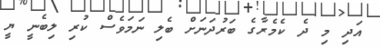
އަދި މި ދެ ކެމެރާގެ ބަރުދަނަށް ބެލި ނަމަވެސް ކުރި ލިބެނީ ޔީ